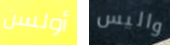
أولسن واليس